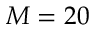
M = 2 0